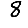
Digit: 8